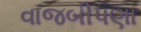
વાજબીપણા